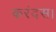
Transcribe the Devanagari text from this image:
करंदस।